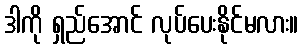
ဒါကို ရှည်အောင် လုပ်ပေးနိုင်မလား။